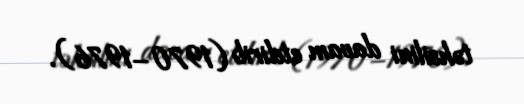
təhsilini davam etdirib (1970–1976).